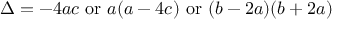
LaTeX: \Delta = - 4 a c { \mathrm { ~ o r ~ } } a ( a - 4 c ) { \mathrm { ~ o r ~ } } ( b - 2 a ) ( b + 2 a )